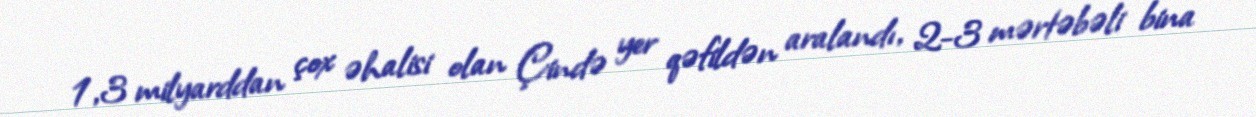
1,3 milyarddan çox əhalisi olan Çində yer qəfildən aralandı, 2-3 mərtəbəli bina